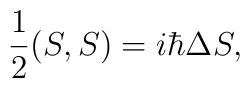
{1\over2}(S,S)=i\hbar\Delta S,